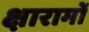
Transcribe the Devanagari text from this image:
क्षारामों